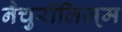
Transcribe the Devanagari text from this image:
नैचुरॉलिज़्म